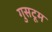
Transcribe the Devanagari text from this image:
गुसटूम